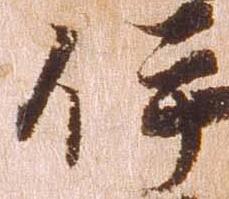
伊